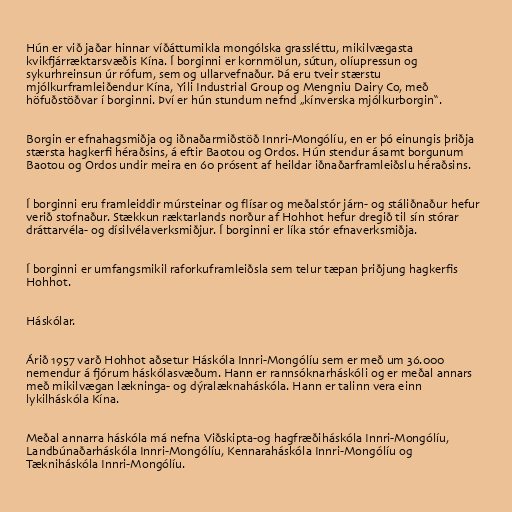
Hún er við jaðar hinnar víðáttumikla mongólska grassléttu, mikilvægasta
kvikfjárræktarsvæðis Kína. Í borginni er kornmölun, sútun, olíupressun og
sykurhreinsun úr rófum, sem og ullarvefnaður. Þá eru tveir stærstu
mjólkurframleiðendur Kína, Yili Industrial Group og Mengniu Dairy Co, með
höfuðstöðvar í borginni. Því er hún stundum nefnd „kínverska mjólkurborgin“.

Borgin er efnahagsmiðja og iðnaðarmiðstöð Innri-Mongólíu, en er þó einungis þriðja
stærsta hagkerfi héraðsins, á eftir Baotou og Ordos. Hún stendur ásamt borgunum
Baotou og Ordos undir meira en 60 prósent af heildar iðnaðarframleiðslu héraðsins.

Í borginni eru framleiddir múrsteinar og flísar og meðalstór járn- og stáliðnaður hefur
verið stofnaður. Stækkun ræktarlands norður af Hohhot hefur dregið til sín stórar
dráttarvéla- og dísilvélaverksmiðjur. Í borginni er líka stór efnaverksmiðja.

Í borginni er umfangsmikil raforkuframleiðsla sem telur tæpan þriðjung hagkerfis
Hohhot.

Háskólar.

Árið 1957 varð Hohhot aðsetur Háskóla Innri-Mongólíu sem er með um 36.000
nemendur á fjórum háskólasvæðum. Hann er rannsóknarháskóli og er meðal annars
með mikilvægan lækninga- og dýralæknaháskóla. Hann er talinn vera einn
lykilháskóla Kína.

Meðal annarra háskóla má nefna Viðskipta-og hagfræðiháskóla Innri-Mongólíu,
Landbúnaðarháskóla Innri-Mongólíu, Kennaraháskóla Innri-Mongólíu og
Tækniháskóla Innri-Mongólíu.